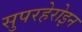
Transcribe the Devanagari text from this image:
सुपरहेरोइन